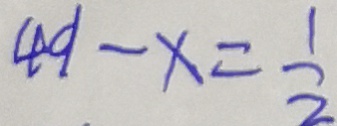
4 9 - x = \frac { 1 } { 2 }